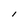
Character: l